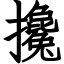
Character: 攙